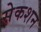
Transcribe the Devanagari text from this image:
सेकशन